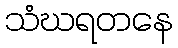
သံဃရတနေ